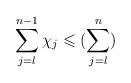
LaTeX: \begin{align*}\sum\limits_{j = l}^{n-1} \chi_j \leqslant (\sum\limits_{j=l}^{n})\end{align*}